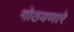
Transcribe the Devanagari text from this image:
गोठवणारे